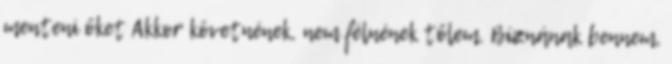
menteni őket Akkor követnének, nem félnének tőlem. Bíznának bennem,